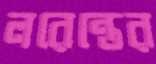
লরেন্তের